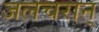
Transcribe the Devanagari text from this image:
जलचरान्